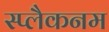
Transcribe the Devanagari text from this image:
स्प्लैकनम